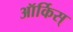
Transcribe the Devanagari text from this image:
ऑर्किस्